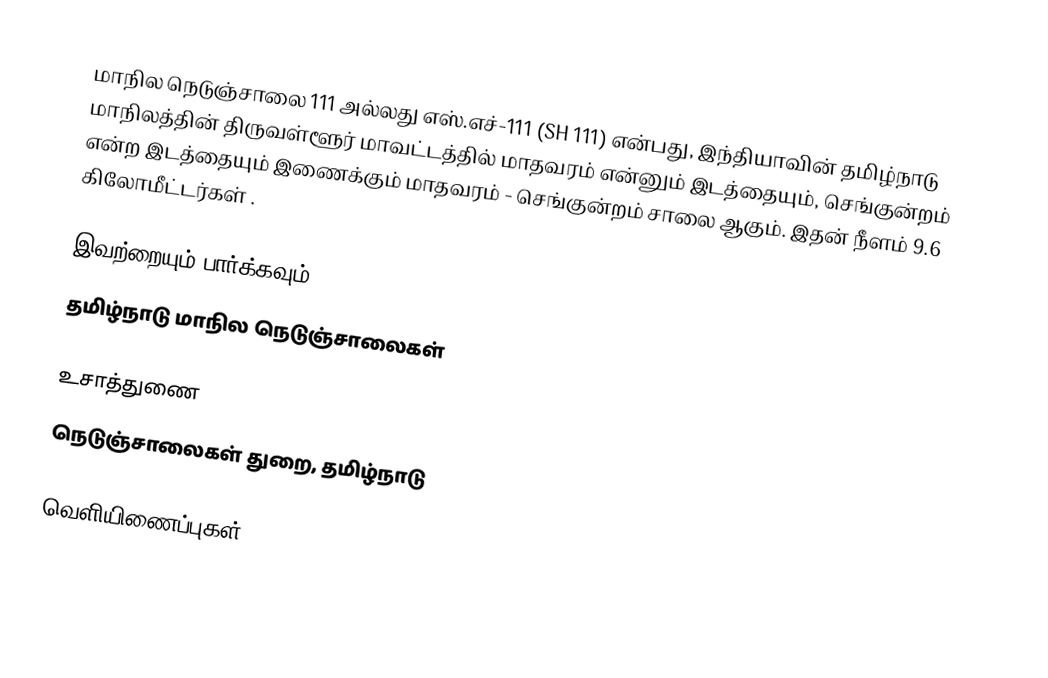
மாநில நெடுஞ்சாலை 111 அல்லது எஸ்.எச்-111 (SH 111) என்பது, இந்தியாவின் தமிழ்நாடு மாநிலத்தின் திருவள்ளூர் மாவட்டத்தில் மாதவரம் என்னும் இடத்தையும், செங்குன்றம் என்ற இடத்தையும் இணைக்கும் மாதவரம் - செங்குன்றம் சாலை ஆகும். இதன் நீளம் 9.6  கிலோமீட்டர்கள் .

இவற்றையும் பார்க்கவும்
 தமிழ்நாடு மாநில நெடுஞ்சாலைகள்

உசாத்துணை
 நெடுஞ்சாலைகள் துறை, தமிழ்நாடு

வெளியிணைப்புகள்